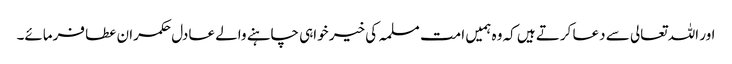
اور اللہ تعالی سے دعا کرتے ہیں کہ وہ ہمیں امت مسلمہ کی خیر خواہی چاہنے والے عادل حکمران عطا فرمائے۔